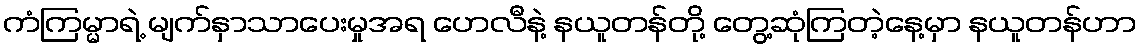
ကံကြမ္မာရဲ့ မျက်နှာသာပေးမှုအရ ဟေလီနဲ့ နယူတန်တို့ တွေ့ဆုံကြတဲ့နေ့မှာ နယူတန်ဟာ